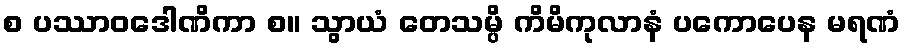
စ ပဿာဝဒေါဏိကာ စ။ သွာယံ တေသမ္ပိ ကိမိကုလာနံ ပကောပေန မရဏံ